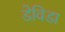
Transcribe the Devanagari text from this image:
डेविडा